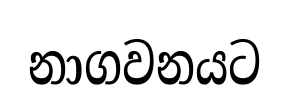
නාගවනයට